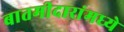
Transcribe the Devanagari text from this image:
बातमीदारांमध्ये